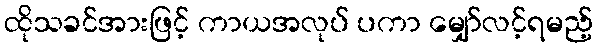
ထိုသခင်အားဖြင့် ကာယအလုပ် ပကာ မျှော်လင့်ရမည့်